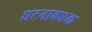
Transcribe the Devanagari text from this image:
घटनाकाल